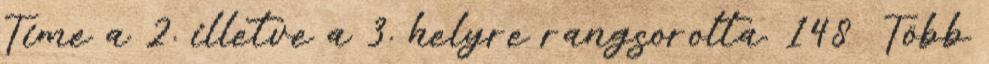
Time a 2. illetve a 3. helyre rangsorolta. 148 Több